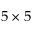
5 \times 5